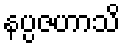
နပ္ပဇဟာသိ